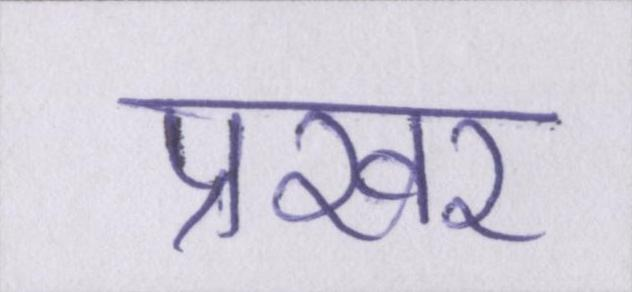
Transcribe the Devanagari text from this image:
प्रखर